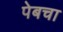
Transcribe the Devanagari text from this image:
पेबचा